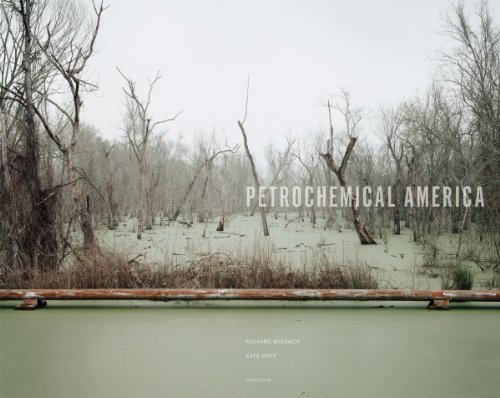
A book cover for Richard Misrach & Kate Orff: Petrochemical America; Kate Orff; Business & Money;